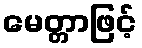
မေတ္တာဖြင့်